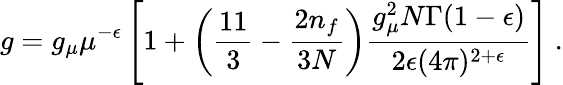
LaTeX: g=g_{\mu}\mu^{-\epsilon}\left[1+\left(\frac{11}{3}-\frac{2n_{f}}{3N}\right)\frac{g_{\mu}^{2}N\Gamma(1-\epsilon)}{2\epsilon(4\pi)^{2+\epsilon}}\right]~.